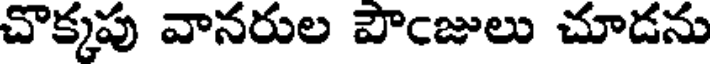
చొక్కపు వానరుల పౌఁజులు చూడను